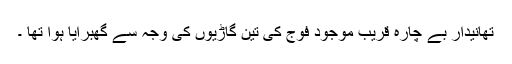
تھانیدار بے چارہ قریب موجود فوج کی تین گاڑیوں کی وجہ سے گھبرایا ہوا تھا ۔